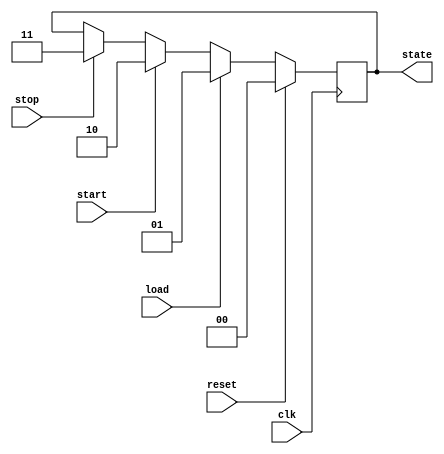
module statedetect(start,stop,load,reset,clk,state);
input start,stop,load,reset,clk;
output reg [1:0] state;

always@(posedge clk)
begin
if(reset)
   state=2'b00;
else if (load)
	state=2'b01;
else if (start)
	state=2'b10;
else if (stop)
	state=2'b11;
end

endmodule